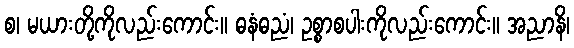
စ၊ မယားတို့ကိုလည်းကောင်း။ ဓနံဓညံ၊ ဥစ္စာစပါးကိုလည်းကောင်း။ အညာနိ၊